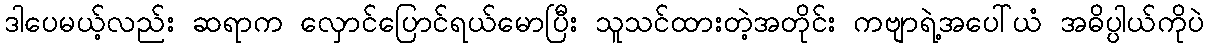
ဒါပေမယ့်လည်း ဆရာက လှောင်ပြောင်ရယ်မောပြီး သူသင်ထားတဲ့အတိုင်း ကဗျာရဲ့အပေါ်ယံ အဓိပ္ပါယ်ကိုပဲ